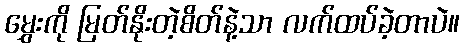
မွှေးကို မြတ်နိုးတဲ့စိတ်နဲ့သာ လက်ထပ်ခဲ့တာပဲ။